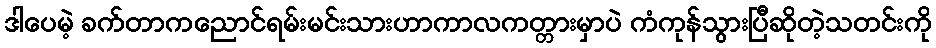
ဒါပေမဲ့ ခက်တာကညောင်ရမ်းမင်းသားဟာကာလကတ္တားမှာပဲ ကံကုန်သွားပြီဆိုတဲ့သတင်းကို